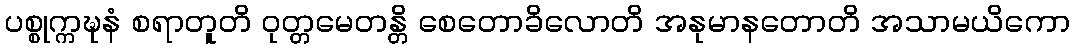
ပစ္စုက္ကဍ္ဎနံ စရာတူတိ ဝုတ္တမေတန္တိ စေတောခိလောတိ အနုမာနတောတိ အသာမယိကော